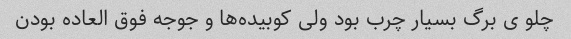
چلو ی برگ بسیار چرب بود ولی کوبیده‌ها و جوجه فوق العاده بودن